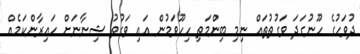
ދުވަހުގެ ހޫނުގަދަ ވަގުތުތައް ނިމި ބިންމަތި ހިހޫވަމުން އައި ވަގުތު ޝިނާނަށް ހައިރާންކަމެއް